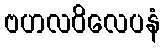
ဗဟလဝိလေပနံ